Annual report of the Bengal Veterinary College and of the Civil Veterinary Department, Bengal, for the year 1914-1915 - 1914-1915
Year: 1914
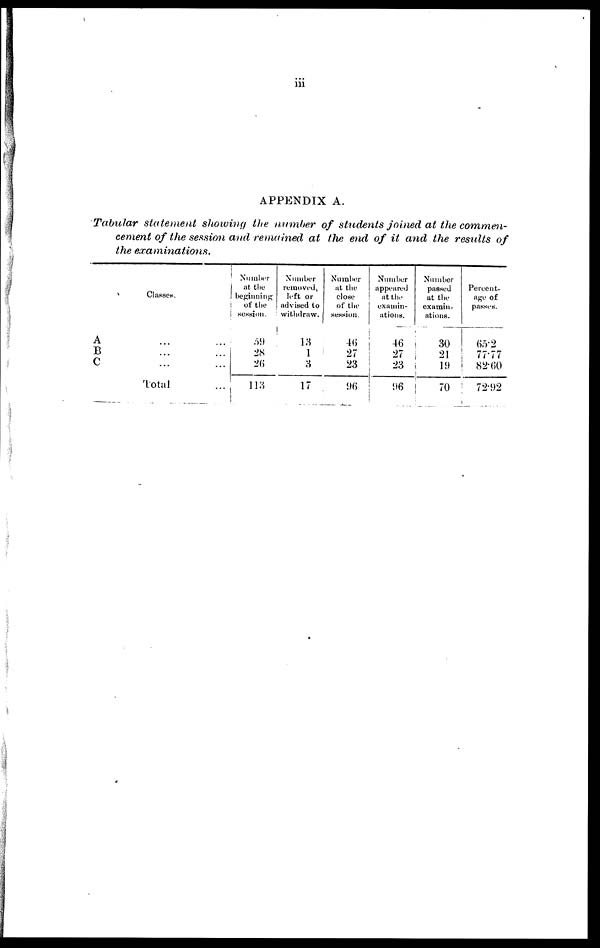
iii
APPENDIX A.
Tabular statement showing the number of students joined at the commen-
cement of the session and remained at the end of it and the results of
the examinations.
Classes.
A ... ...
B ... ...
c ... ...
Total ...
Number
at the
beginning
of the
session.
59
28
26
113
Number
removed,
left or
advised to
withdraw.
13
1
3
17
Number
at the
close
of the
session.
46
27
23
96
Number
appeared
at the
examin-
ations.
46
27
23
96
Number
passed
at the
examin-
ations.
30
21
19
70
Percent-
age of
passes.
65.2
77.77
82.60
72.92